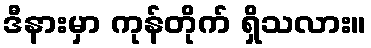
ဒီနားမှာ ကုန်တိုက် ရှိသလား။